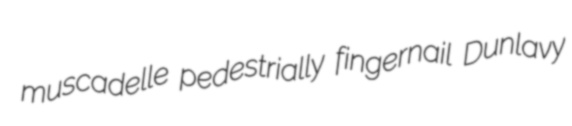
muscadelle pedestrially fingernail Dunlavy